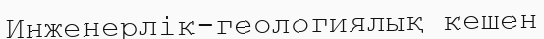
Инженерлік-геологиялық кешен